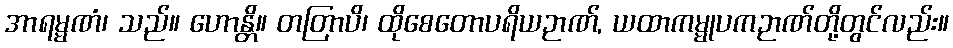
အာရမ္မဏံ၊ သည်။ ဟောန္တိ။ တတြာပိ၊ ထိုစေတောပရိယဉာဏ်, ယထာကမ္မုပကဉာဏ်တို့တွင်လည်း။